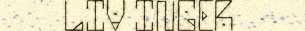
LIV INGER